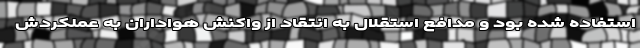
استفاده شده بود و مدافع استقلال به انتقاد از واکنش هواداران به عملکردش